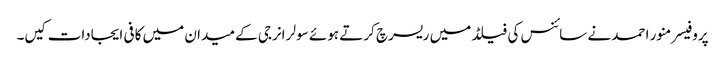
پروفیسر منور احمد نے سائنس کی فیلڈ میں ریسرچ کرتے ہوئے سولر انرجی کے میدان میں کافی ایجادات کیں۔